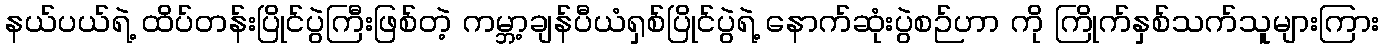
နယ်ပယ်ရဲ့ ထိပ်တန်းပြိုင်ပွဲကြီးဖြစ်တဲ့ ကမ္ဘာ့ချန်ပီယံရှစ်ပြိုင်ပွဲရဲ့ နောက်ဆုံးပွဲစဉ်ဟာ ကို ကြိုက်နှစ်သက်သူများကြား